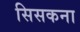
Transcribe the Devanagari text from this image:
सिसकना